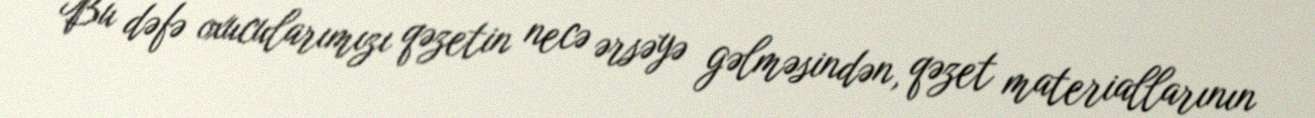
Bu dəfə oxucularımızı qəzetin necə ərsəyə gəlməsindən, qəzet materiallarının